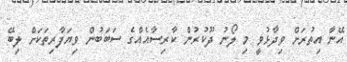
އޭނާ އިތުރަށް ވިދާޅުވީ މި ލޯނު ދޫކުރުން ކާރިސާއެއްގެ ސަބަބުން ވިޔަފާރިތަކަށް ލިބޭ